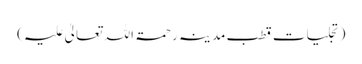
(تجلیاتِ قطبِ مدینہ رحمۃ اللہ تعالیٰ علیہ)